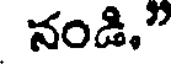
నండి."